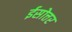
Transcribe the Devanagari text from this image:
ईसोत्तर